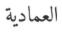
العمادیة